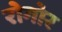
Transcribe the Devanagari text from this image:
रोगोर